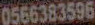
0566383596